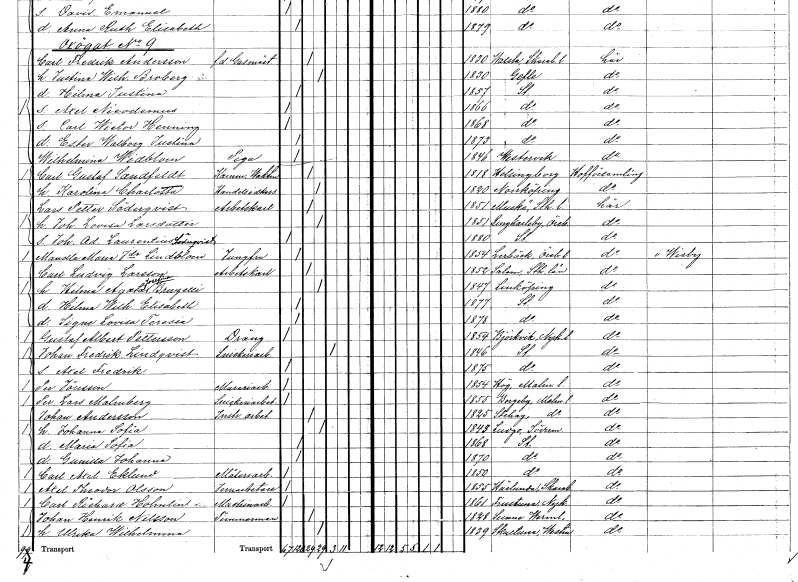
gt_parse: households: individuals: FN: Lars Petter
EN: Söderqvist
YRKE: Arbetskarl
KON: M
CIV: G
FODAR: 1851
FODFORS: Muskö Stockholms län
FN: Johanna Lovisa
EN: Larsdotter
KON: K
CIV: G
FODAR: 1851
FODFORS: Rinkaby Örebro län
FN: Johan Adolf Laurentius
EN: Söderqvist
KON: M
CIV: O
FODAR: 1880
FODFORS: Stockholm
FN: Mandla Maria
EN: J:dotter Lindblom
YRKE: Jungfru
KON: K
CIV: O
FODAR: 1854
FODFORS: Lerbäck Örebro län
FN: Carl Ludvig
EN: Larsson
YRKE: Arbetskarl
KON: M
CIV: G
FODAR: 1852
FODFORS: Salem Stockholms län
FN: Hilma Agata Josefina
EN: Bruzelli
KON: K
CIV: G
FODAR: 1847
FODFORS: Linköping Östergötlands län
FN: Hilma Wilhelmina Elisabeth
KON: K
CIV: O
FODAR: 1877
FODFORS: Stockholm
FN: Signe Lovisa Teresia
KON: K
CIV: O
FODAR: 1878
FODFORS: Stockholm
FN: Gustaf Albert
EN: Pettersson
YRKE: Dräng
KON: M
CIV: O
FODAR: 1854
FODFORS: Björkvik Södermanlands län
FN: Johan Fredrik
EN: Lindqvist
YRKE: Snickeriarbetare
KON: M
CIV: E
FODAR: 1846
FODFORS: Stockholm
FN: Axel Fredrik
KON: M
CIV: O
FODAR: 1875
FODFORS: Stockholm
FN: Per
EN: Jönsson
YRKE: Mureriarbetare
KON: M
CIV: O
FODAR: 1854
FODFORS: Hög Malmöhus län
FN: Per Lars
EN: Malmberg
YRKE: Snickeriarbetare
KON: M
CIV: O
FODAR: 1855
FODFORS: Borgeby Malmöhus län
FN: Johan
EN: Andersson
YRKE: Instrumentarbetare
KON: M
CIV: G
FODAR: 1825
FODFORS: Stehag Malmöhus län
FN: Johanna Sofia
KON: K
CIV: G
FODAR: 1843
FODFORS: Ludgo Södermanlands län
FN: Maria Sofia
KON: K
CIV: O
FODAR: 1868
FODFORS: Stockholm
FN: Gunilla Johanna
KON: K
CIV: O
FODAR: 1870
FODFORS: Stockholm
FN: Carl Axel
EN: Eklund
YRKE: Måleriarbetare
KON: M
CIV: O
FODAR: 1850
FODFORS: Stockholm
FN: Axel Theodor
EN: Olsson
YRKE: Järnarbetare
KON: M
CIV: O
FODAR: 1855
FODFORS: Härlunda Kronobergs län
FN: Carl Richard
EN: Holmlind
YRKE: Maskinarbetare
KON: M
CIV: O
FODAR: 1861
FODFORS: Frustuna Södermanlands län
FN: Johan Henrik
EN: Nilsson
YRKE: Timmerman
KON: M
CIV: G
FODAR: 1828
FODFORS: Sunne Värmlands län
FN: Ulrika Vilhelmina
KON: K
CIV: G
FODAR: 1839
FODFORS: Skultuna Västmanlands län